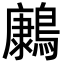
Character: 𮭔